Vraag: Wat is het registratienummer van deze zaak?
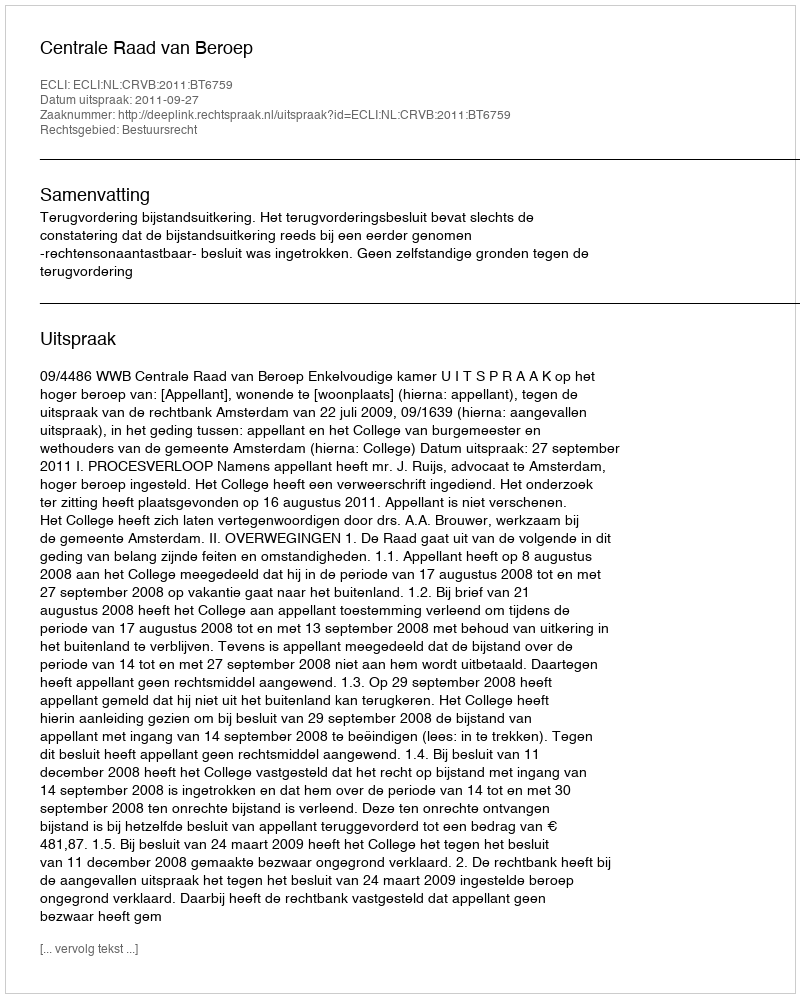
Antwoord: http://deeplink.rechtspraak.nl/uitspraak?id=ECLI:NL:CRVB:2011:BT6759